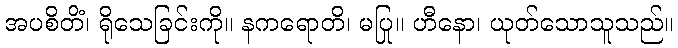
အပစိတိံ၊ ရိုသေခြင်းကို။ နကရောတိ၊ မပြု။ ဟီနော၊ ယုတ်သောသူသည်။